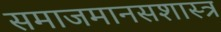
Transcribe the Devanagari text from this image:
समाजमानसशास्त्र